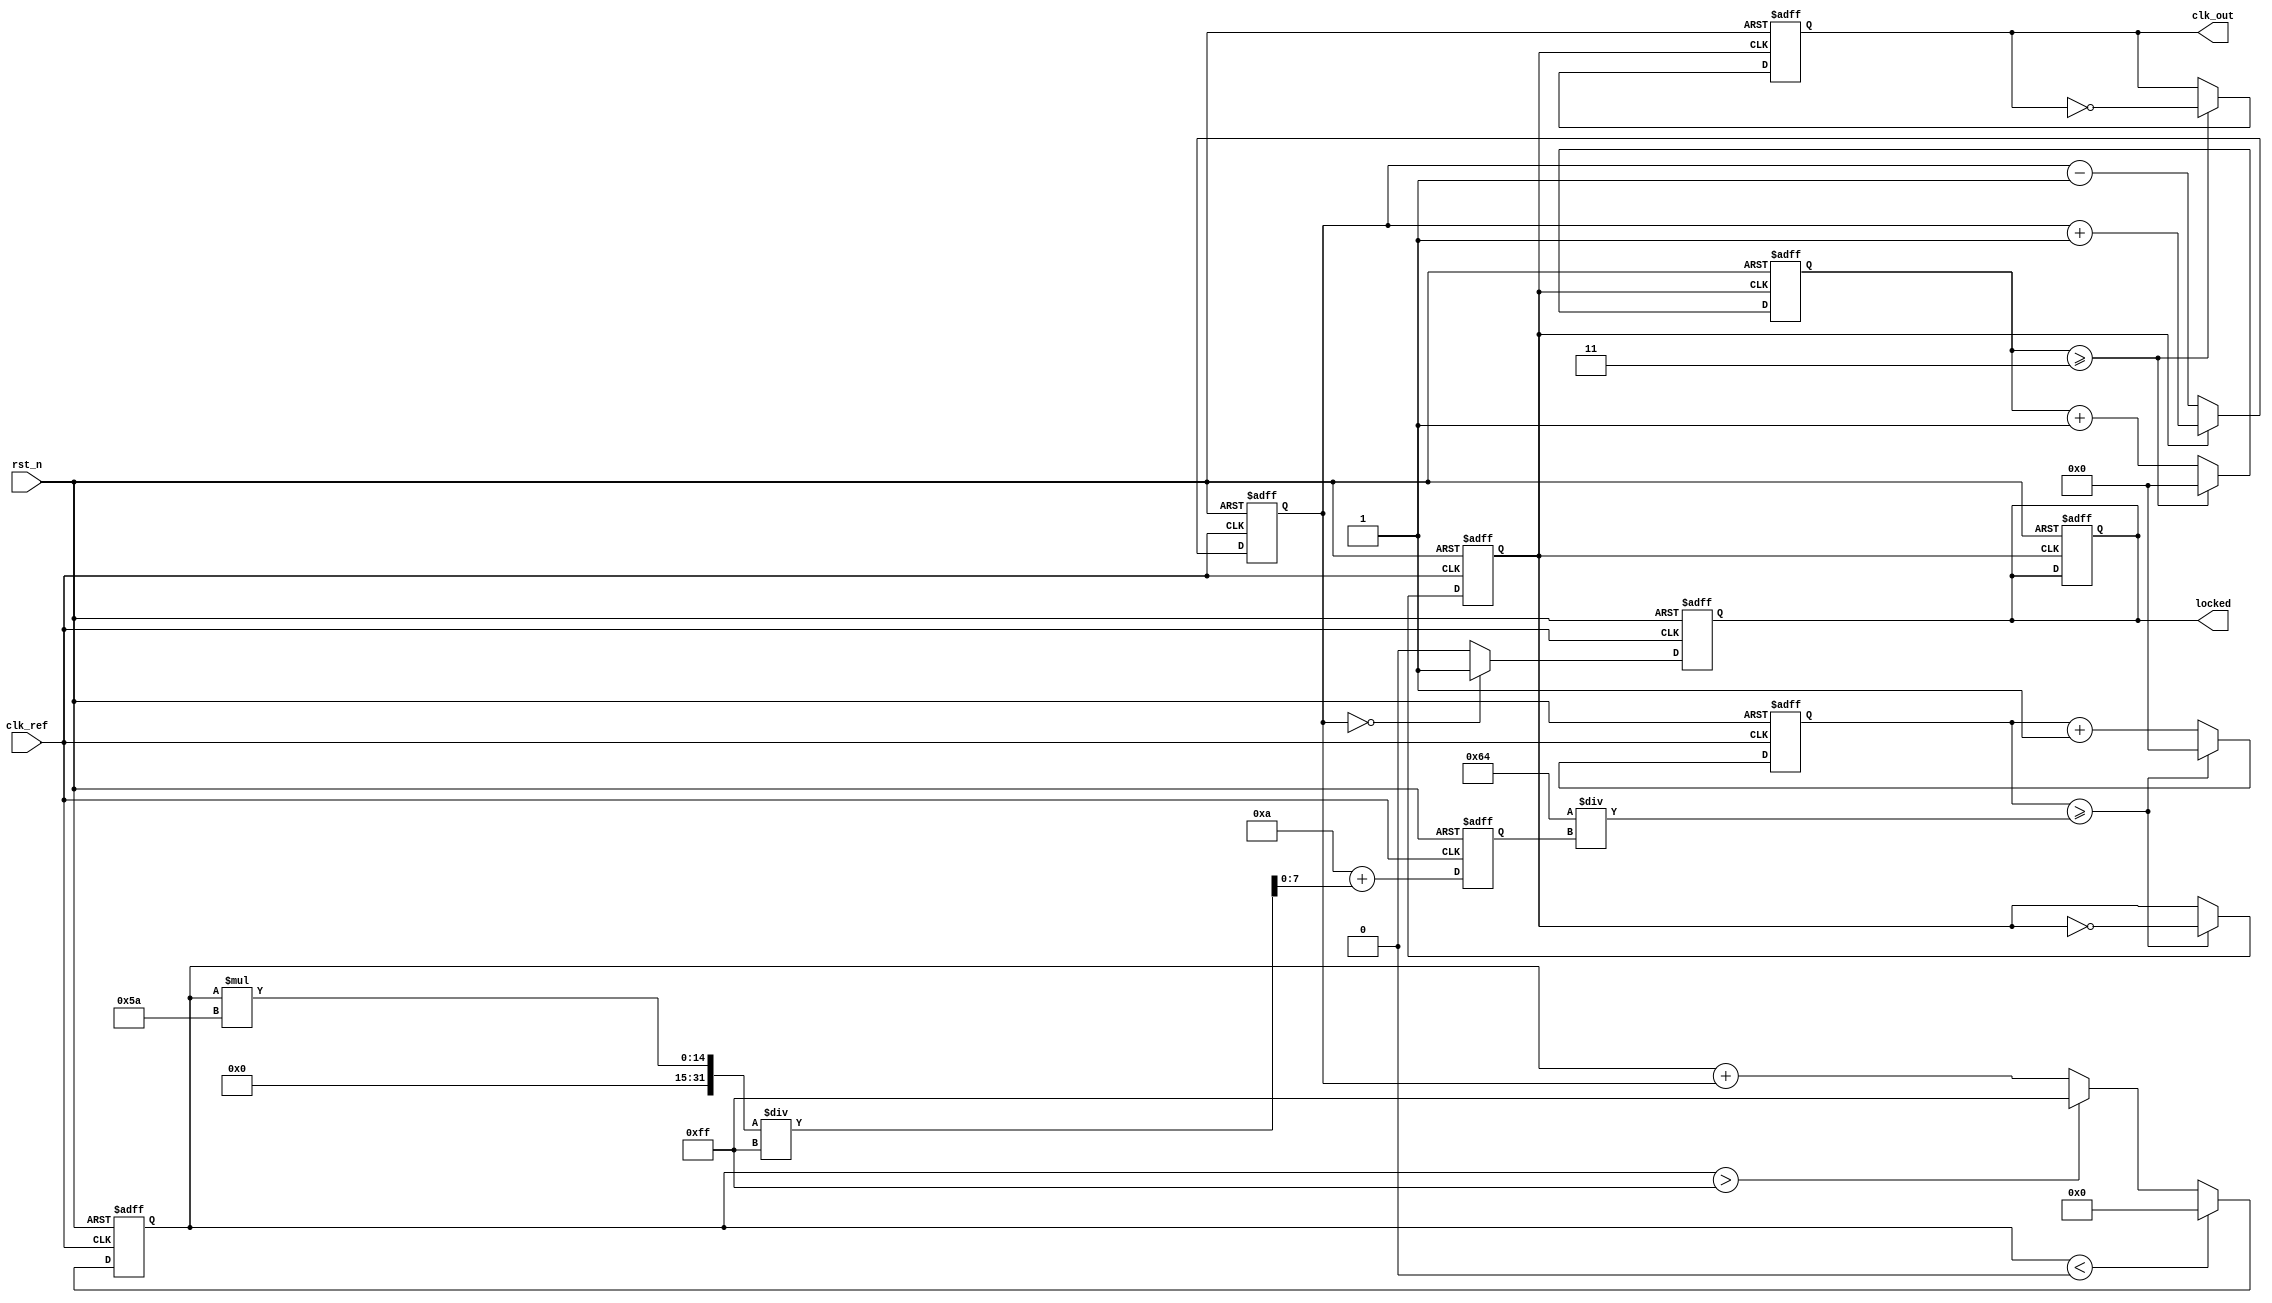
module integer_n_pll (
    input wire clk_ref,           // Reference clock input
    input wire rst_n,             // Active low reset
    output reg clk_out,           // Output clock
    output reg locked             // PLL locked indicator
);

    // Parameters
    parameter N = 4;              // Division factor
    parameter VCO_MAX_FREQ = 100; // Max frequency of VCO in MHz
    parameter VCO_MIN_FREQ = 10;  // Min frequency of VCO in MHz

    // Internal signals
    reg [3:0] phase_error;        // Phase error signal
    reg [7:0] control_voltage;     // Control voltage for VCO
    reg [7:0] vco_freq;            // Frequency of VCO
    reg [3:0] divider_count;       // Divider counter
    reg [3:0] vco_count;           // VCO counter
    reg vco_out;                   // VCO output

    // Phase Detector (PD)
    always @(posedge clk_ref or negedge rst_n) begin
        if (!rst_n) begin
            phase_error <= 0;
        end else begin
            // Simple phase error detection (1-bit phase detector)
            if (vco_out) begin
                phase_error <= phase_error + 1; // Increment phase error
            end else begin
                phase_error <= phase_error - 1; // Decrement phase error
            end
        end
    end

    // Loop Filter (LF)
    always @(posedge clk_ref or negedge rst_n) begin
        if (!rst_n) begin
            control_voltage <= 0;
        end else begin
            // Simple loop filter (integrator)
            control_voltage <= control_voltage + phase_error;
            // Clamp control voltage to VCO range
            if (control_voltage > 255) control_voltage <= 255;
            if (control_voltage < 0) control_voltage <= 0;
        end
    end

    // Voltage-Controlled Oscillator (VCO)
    always @(posedge clk_ref or negedge rst_n) begin
        if (!rst_n) begin
            vco_freq <= VCO_MIN_FREQ; // Start at minimum frequency
            vco_out <= 0;
            vco_count <= 0;
        end else begin
            // Adjust VCO frequency based on control voltage
            vco_freq <= VCO_MIN_FREQ + (control_voltage * (VCO_MAX_FREQ - VCO_MIN_FREQ) / 255);
            // Generate VCO output based on frequency
            vco_count <= vco_count + 1;
            if (vco_count >= (100 / vco_freq)) begin // Adjust based on VCO frequency
                vco_out <= ~vco_out;
                vco_count <= 0;
            end
        end
    end

    // Divider (N-divider)
    always @(posedge vco_out or negedge rst_n) begin
        if (!rst_n) begin
            divider_count <= 0;
            clk_out <= 0;
            locked <= 0;
        end else begin
            divider_count <= divider_count + 1;
            if (divider_count >= (N - 1)) begin
                clk_out <= ~clk_out; // Toggle output clock
                divider_count <= 0;
            end
        end
    end

    // Lock detection
    always @(posedge clk_ref or negedge rst_n) begin
        if (!rst_n) begin
            locked <= 0;
        end else if (phase_error == 0) begin
            locked <= 1; // PLL is locked
        end else begin
            locked <= 0; // PLL is not locked
        end
    end

endmodule